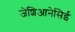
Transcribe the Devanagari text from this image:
जेशिआनेसिई